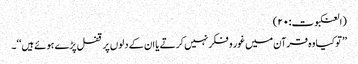
(العنکبوت:۲۰)
’’توکیا وہ قرآن میں غور و فکر نہیں کرتے یا ان کے دلوں پر قفل پڑے ہوئے ہیں‘‘۔